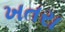
ખતરા